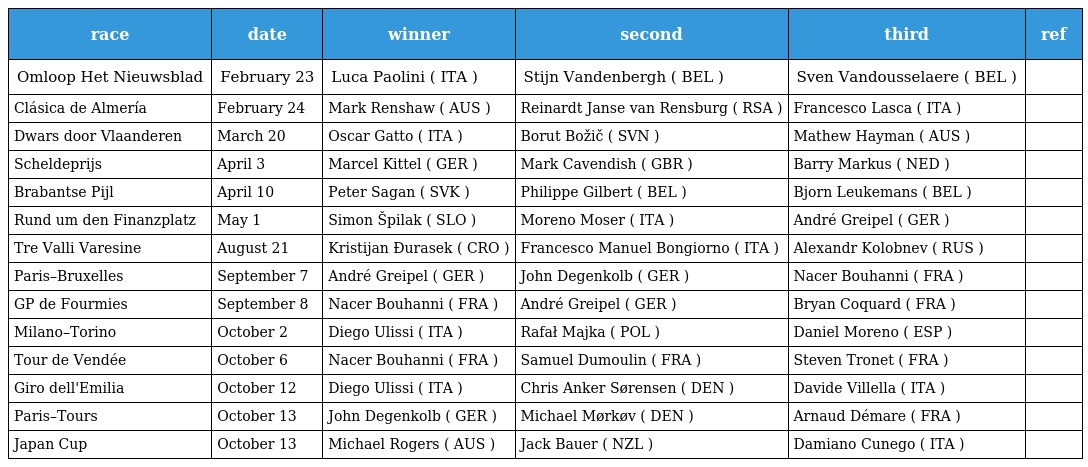
| race | date | winner | second | third | ref |
 | --- | --- | --- | --- | --- | --- |
 | Omloop Het Nieuwsblad | February 23 | Luca Paolini ( ITA ) | Stijn Vandenbergh ( BEL ) | Sven Vandousselaere ( BEL ) |  |
 | Clásica de Almería | February 24 | Mark Renshaw ( AUS ) | Reinardt Janse van Rensburg ( RSA ) | Francesco Lasca ( ITA ) |  |
 | Dwars door Vlaanderen | March 20 | Oscar Gatto ( ITA ) | Borut Božič ( SVN ) | Mathew Hayman ( AUS ) |  |
 | Scheldeprijs | April 3 | Marcel Kittel ( GER ) | Mark Cavendish ( GBR ) | Barry Markus ( NED ) |  |
 | Brabantse Pijl | April 10 | Peter Sagan ( SVK ) | Philippe Gilbert ( BEL ) | Bjorn Leukemans ( BEL ) |  |
 | Rund um den Finanzplatz | May 1 | Simon Špilak ( SLO ) | Moreno Moser ( ITA ) | André Greipel ( GER ) |  |
 | Tre Valli Varesine | August 21 | Kristijan Đurasek ( CRO ) | Francesco Manuel Bongiorno ( ITA ) | Alexandr Kolobnev ( RUS ) |  |
 | Paris–Bruxelles | September 7 | André Greipel ( GER ) | John Degenkolb ( GER ) | Nacer Bouhanni ( FRA ) |  |
 | GP de Fourmies | September 8 | Nacer Bouhanni ( FRA ) | André Greipel ( GER ) | Bryan Coquard ( FRA ) |  |
 | Milano–Torino | October 2 | Diego Ulissi ( ITA ) | Rafał Majka ( POL ) | Daniel Moreno ( ESP ) |  |
 | Tour de Vendée | October 6 | Nacer Bouhanni ( FRA ) | Samuel Dumoulin ( FRA ) | Steven Tronet ( FRA ) |  |
 | Giro dell'Emilia | October 12 | Diego Ulissi ( ITA ) | Chris Anker Sørensen ( DEN ) | Davide Villella ( ITA ) |  |
 | Paris–Tours | October 13 | John Degenkolb ( GER ) | Michael Mørkøv ( DEN ) | Arnaud Démare ( FRA ) |  |
 | Japan Cup | October 13 | Michael Rogers ( AUS ) | Jack Bauer ( NZL ) | Damiano Cunego ( ITA ) |  |